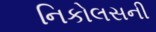
નિકોલસની